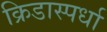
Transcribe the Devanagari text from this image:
क्रिडास्पर्धा